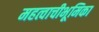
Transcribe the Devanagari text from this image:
महत्वाचीभूमिका